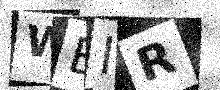
Text: WBIR